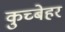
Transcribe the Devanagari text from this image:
कुच्बेहर